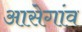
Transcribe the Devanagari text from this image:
आसेगांव